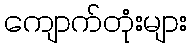
ကျောက်တုံးများ